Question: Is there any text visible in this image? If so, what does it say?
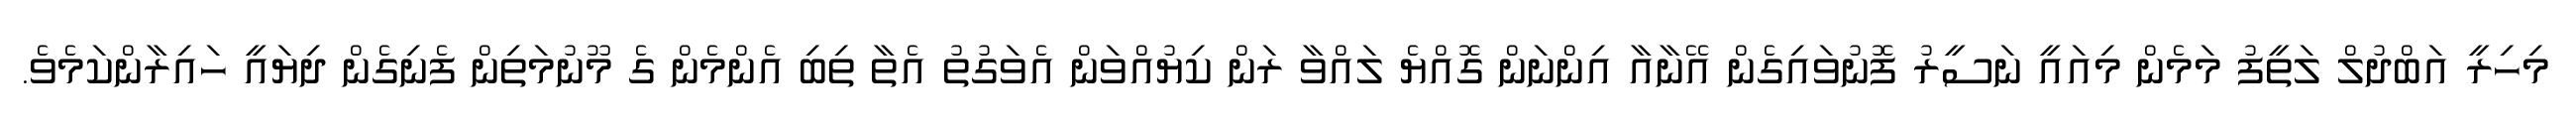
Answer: މިހިރީ އަބްދުލް ލަތީފު މަމެން މިއައީ ނަސީރު ފޮނުވައިގެން އޭނާއާ އިންނަން ގޮއްޔެ ލައްވާ ރަން ކިޔުއްވަން އެވަގުތު އެތާ ތިބި އެންމެން ގެ މޫނުމަތިން ފެނިގެން ދިޔައީ ހައިރާންކަމެވެ.